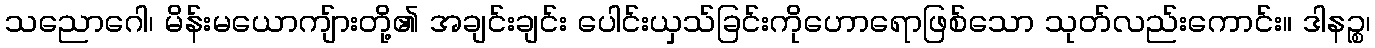
သညောဂေါ၊ မိန်းမယောကျ်ားတို့၏ အချင်းချင်း ပေါင်းယှသ်ခြင်းကိုဟောရောဖြစ်သော သုတ်လည်းကောင်း။ ဒါနဉ္စ၊